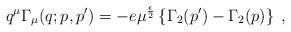
LaTeX: \begin{align*}q^{\mu} \Gamma_{\mu} (q;p,p^\prime) =-e \mu^{\frac{\epsilon}{2}} \left\{ \Gamma_2(p^\prime) -\Gamma_2 (p) \right\}\;,\end{align*}